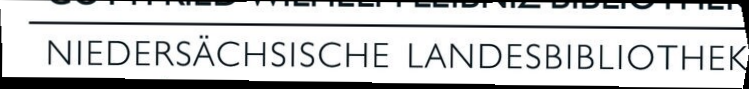
NIEDERSÄCHSISCHE LANDESBIBLIOTHEK